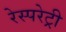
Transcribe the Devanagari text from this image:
रेस्परेट्री